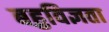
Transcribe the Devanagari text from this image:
बहुविज्ञता